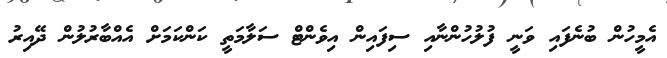
އެމީހުން ބުނެފައި ވަނީ ފުލުހުންނާއި ސިފައިން އިވެންޓް ސަލާމަތީ ކަންކަމަށް އެއްބާރުލުން ދޭއިރު